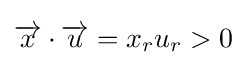
{\overrightarrow {x}}\cdot {\overrightarrow {u}}=x_{r}u_{r}>0